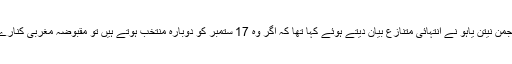
خیال رہے کہ گزشتہ روز اسرائیلی وزیراعظم بینجمن نیتن یاہو نے انتہائی متنازع بیان دیتے ہوئے کہا تھا کہ اگر وہ 17 ستمبر کو دوبارہ منتخب ہوتے ہیں تو مقبوضہ مغربی کنارے کی وادی اردن کو اسرائیل میں شامل کرلیں گے۔